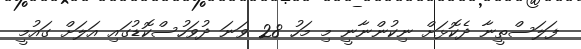
ފަލަސްތީނާ ދެކޮޅަށް ނިކުންނާނީ މި މަހު 28 ވަނަ ދުވަހުސްކޮޑުގައި އަލަށް ގައުމީ